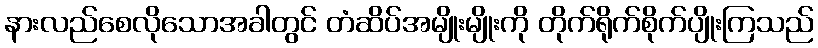
နားလည်စေလိုသောအခါတွင် တံဆိပ်အမျိုးမျိုးကို တိုက်ရိုက်စိုက်ပျိုးကြသည်